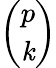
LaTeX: \binom{p}{\mathit{k}}